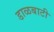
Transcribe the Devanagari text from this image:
डाळबाटी